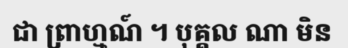
ជា ព្រាហ្មណ៍ ។ បុគ្គល ណា មិន